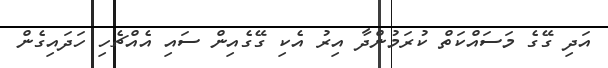
އަދި ގޭގެ މަސައްކަތް ކުރަމުންދާ އިރު އެކި ގޭގެއިން ސައި އެއްޗެހި ހަދައިގެން